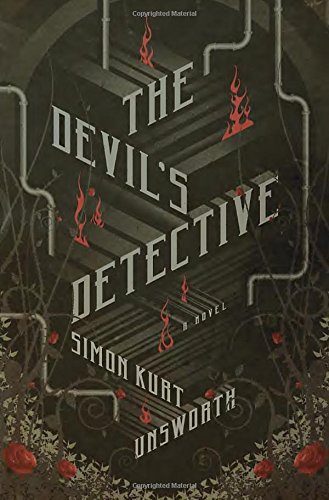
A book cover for The Devil's Detective: A Novel; Simon Kurt Unsworth; Literature & Fiction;